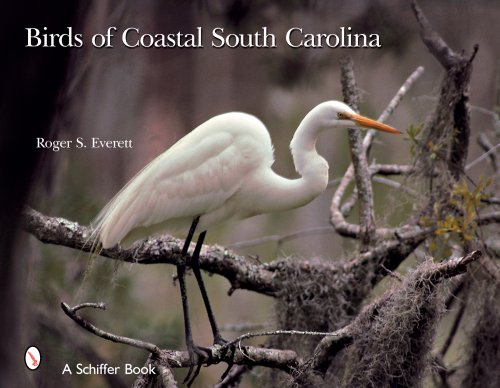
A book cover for Birds of Coastal South Carolina (Schiffer Books); Roger S. Everett; Travel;